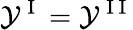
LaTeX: \mathcal{Y}^{\mathrm{~I~}}=\mathcal{Y}^{\mathrm{~I~I~}}